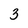
Character: 3